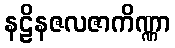
နဠိနဇလဇာကိဏ္ဏာ